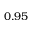
0 . 9 5